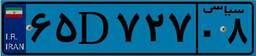
۰۱D۷۴۶۰۶